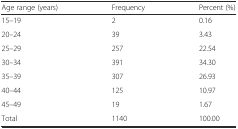
| Age range (years) | Frequency | Percent (%) |
 | --- | --- | --- |
 | 15–19 | 2 | 0.16 |
 | 20–24 | 39 | 3.43 |
 | 25–29 | 257 | 22.54 |
 | 30–34 | 391 | 34.30 |
 | 35–39 | 307 | 26.93 |
 | 40–44 | 125 | 10.97 |
 | 45–49 | 19 | 1.67 |
 | Total | 1140 | 100.00 |